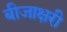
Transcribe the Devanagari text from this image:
बीजाक्षरी